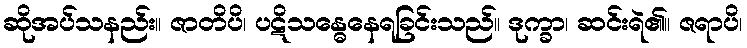
ဆိုအပ်သနည်း။ ဇာတိပိ၊ ပဋိသန္ဓေနေရခြင်းသည်။ ဒုက္ခာ၊ ဆင်းရဲ၏။ ဇရာပိ၊